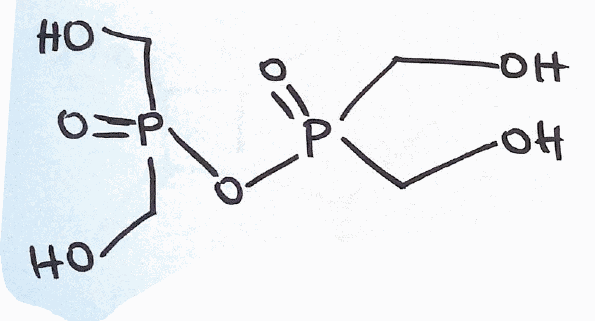
Simplified molecular-input line-entry system (SMILES) notation of the given molecule:
C(O)P(=O)(CO)OP(=O)(CO)CO